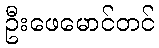
ဦးဖေမောင်တင်